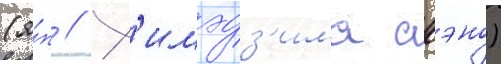
(я́п // Х'имэдз'има акэно)